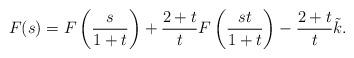
LaTeX: \begin{align*}F(s) = F \left( \frac s {1 + t} \right) + \frac {2 + t} t F \left( \frac {st} {1 + t} \right) - \frac {2 + t} t \tilde k .\end{align*}